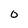
Character: O